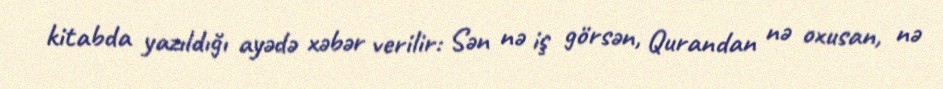
kitabda yazıldığı ayədə xəbər verilir: Sən nə iş görsən, Qurandan nə oxusan, nə